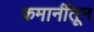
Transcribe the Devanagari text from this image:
कमानींतून